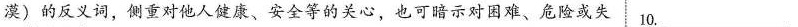
漠)的反义词，侧重对他人健康、安全等的关心，也可暗示对困难、危险或失 10.___